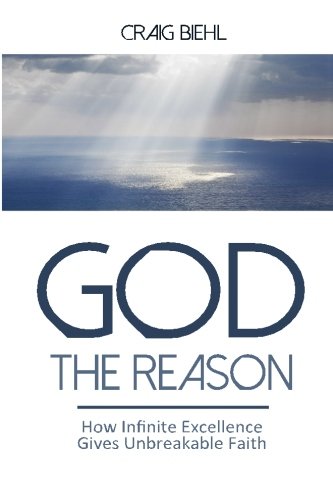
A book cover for God the Reason: How Infinite Excellence Gives Unbreakable Faith; Craig Biehl; Christian Books & Bibles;